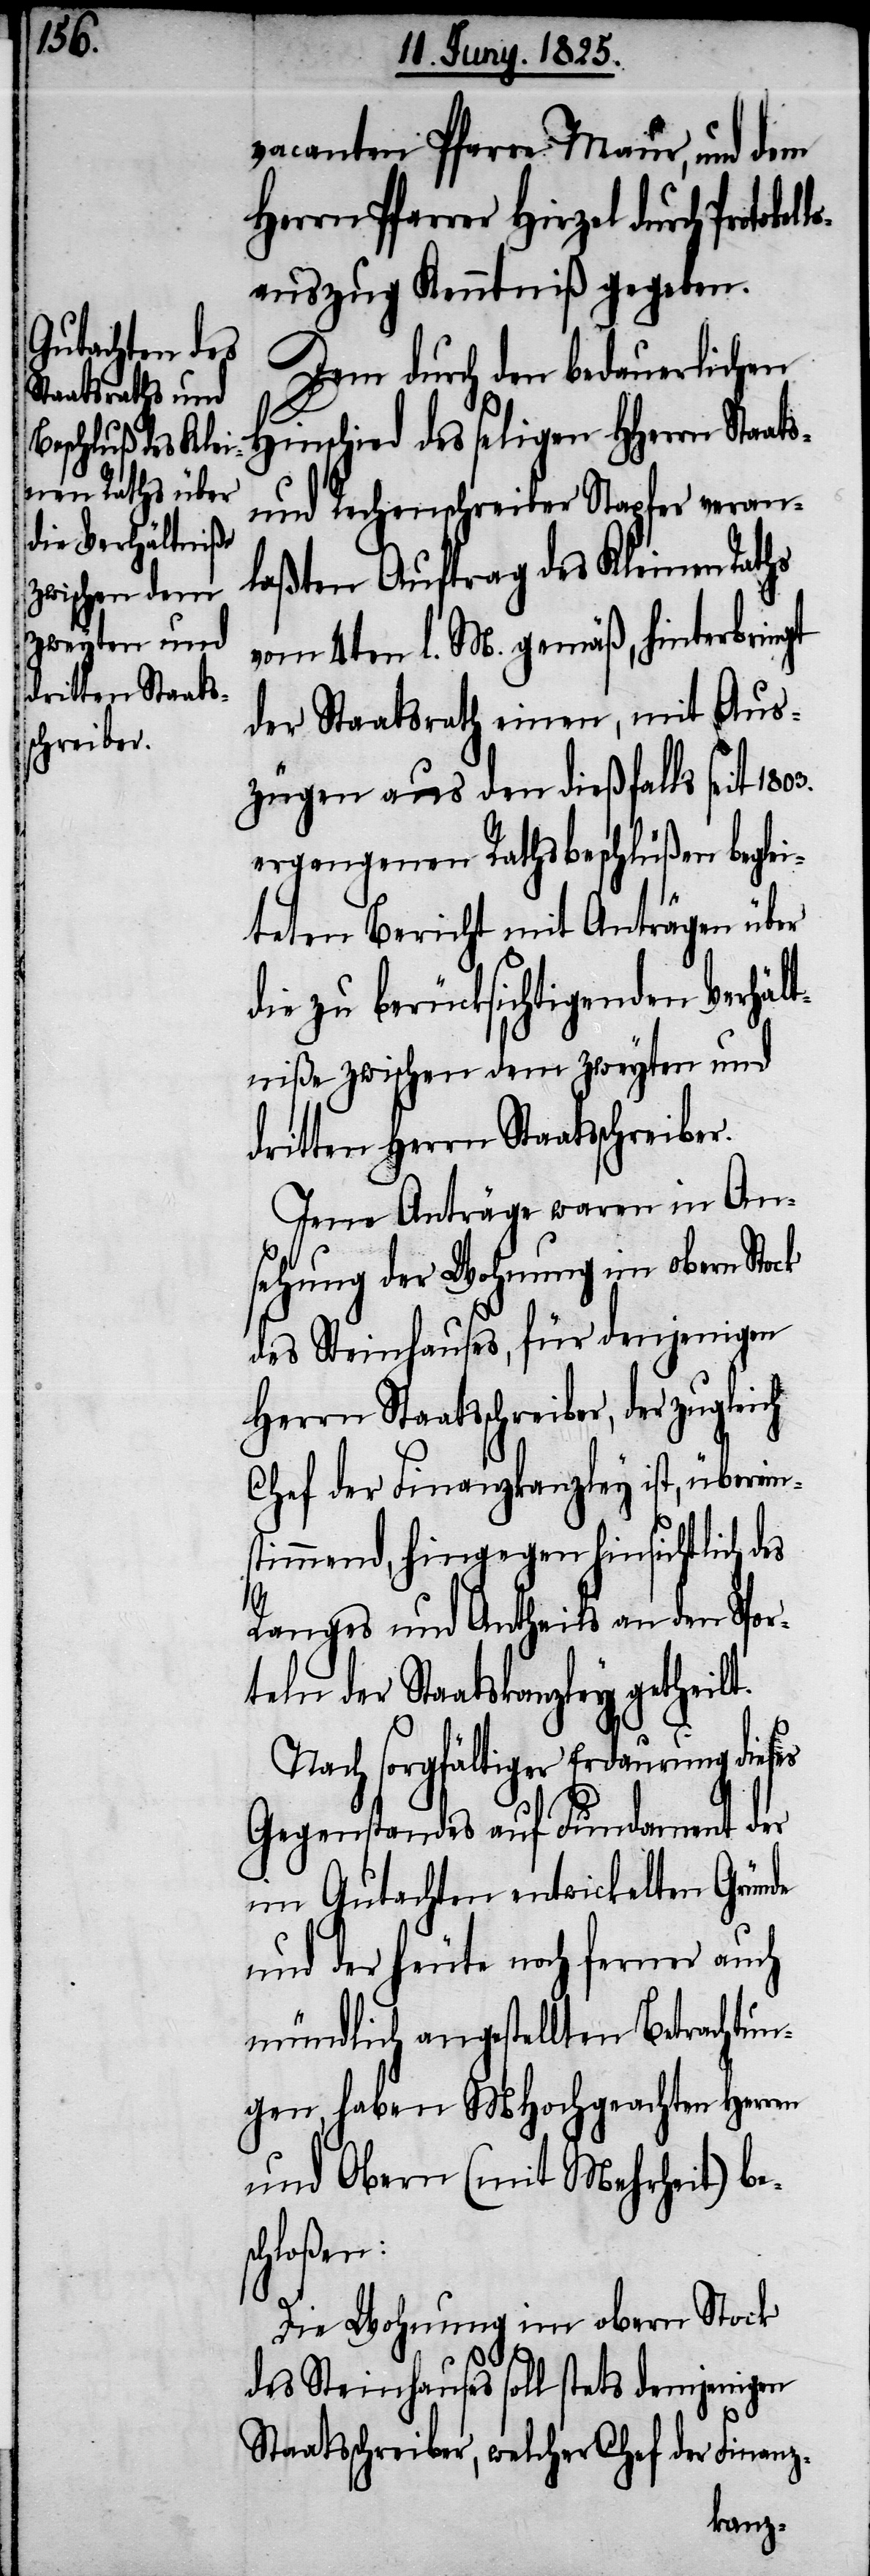
oll¬
ts-

vacanten Pfarre Maur, und dem
Herrn Pfarrer Hirzel durch Protok¬
sauszug Kenntniß gegeben.
Dem durch den bedauerlichen
inschied des seligen HHerrn Staa¬
und Rechenschreiber Stapfer veran¬
laßten Auftrag des Kleinen Raths
vom 4ten d. M. gemäß, hinterbringt
der Staatsrath einen, mit Aus¬
zügen aus den dießfalls seit 1803.
ergangenen Rathsbeschlüßen beglei¬
teten Bericht mit Anträgen über
die zu berücksichtigenden Verhält¬
niße zwischen dem zweyten und
dritten Herrn Staatsschreiber.
Jene Anträge waren in An¬
sehung der Wohnung im obern Stock
des Steinhauses, für denjenigen
Herrn Staatsschreiber, der zugleich
Chef der Finanzkanzley ist, überein¬
stimmend, hingegen hinsichtlich des
Ranges und Antheils an den Spor¬
teln der Staatskanzley getheilt.
Nach sorgfältiger Erdaurung dieses
Gegenstandes auf Fundament der
im Gutachten entwickelten Gründe
und der heute noch ferner auch
mündlich angestellten Betrachtun¬
gen, haben MHochgeachten Herren
und Obern (mit Mehrheit) bes¬
chloßen:
Die Wohnung im obern Stock
des Steinhauses soll stets demjenigen
Staatsschreiber, welcher Chef der Finanz-